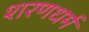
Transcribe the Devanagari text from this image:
शरणधर्म